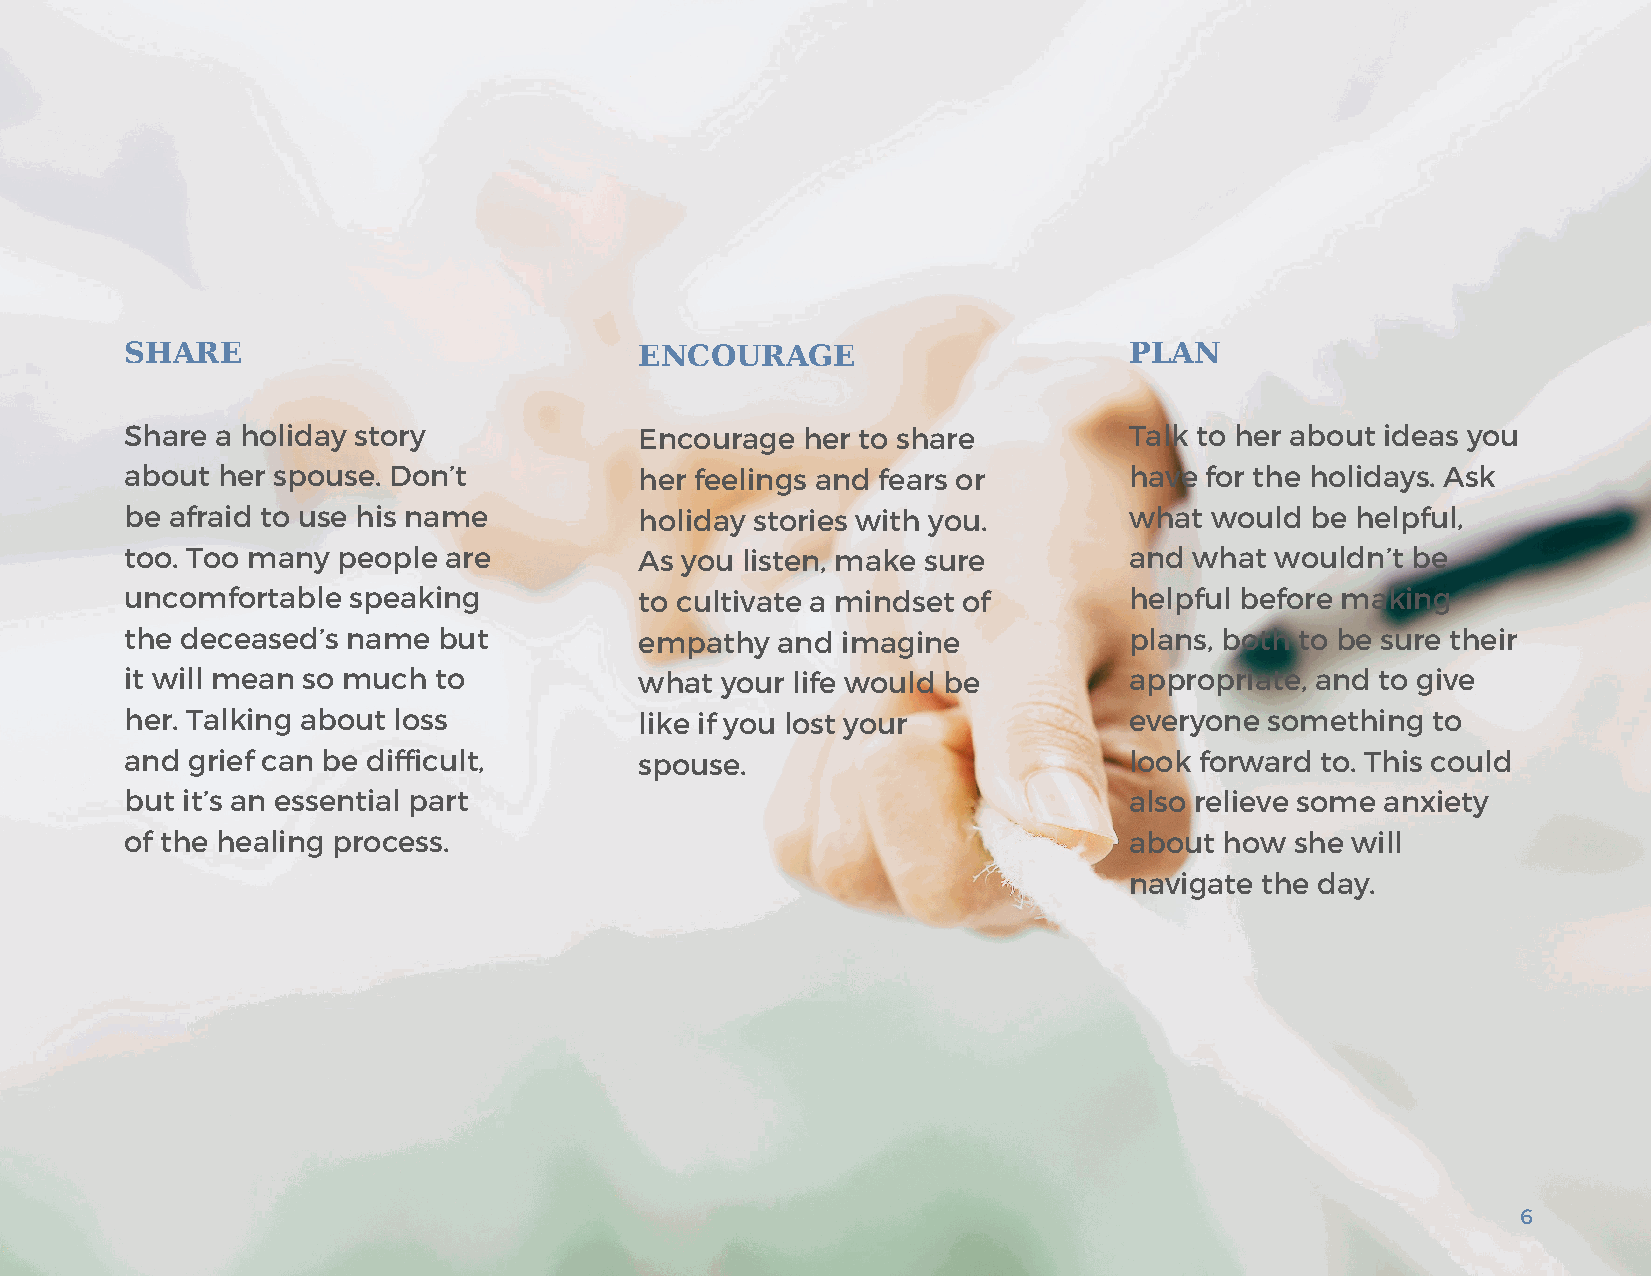
SHARE                             ENCOURAGE                        PLAN
 Share a holiday story             Encourage  her to share          Talk to her about ideas you
 about her spouse. Don’t           her feelings and fears or        have for the holidays. Ask
 be afraid to use his name         holiday stories with you.        what would  be helpful,
 too. Too many people are          As you listen, make sure         and what wouldn’t be
 uncomfortable  speaking           to cultivate a mindset of        helpful before making
 the deceased’s name  but          empathy  and  imagine            plans, both to be sure their
 it will mean so much to           what  your life would be         appropriate, and to give
 her. Talking about loss           like if you lost your            everyone something  to
 and grief can be difficult,       spouse.                          look forward to. This could
 but it’s an essential part                                         also relieve some anxiety
 of the healing process.                                            about how  she will
 navigate the day.
 6